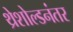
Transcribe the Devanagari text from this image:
थ्रेशोल्डनंतर